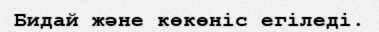
Бидай және көкөніс егіледі.